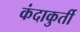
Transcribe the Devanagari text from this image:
कंदाकुर्ती